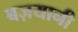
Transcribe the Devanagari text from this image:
बज़यानी